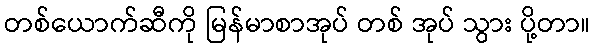
တစ်ယောက်ဆီကို မြန်မာစာအုပ် တစ် အုပ် သွား ပို့တာ။